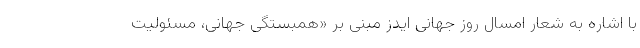
با اشاره به شعار امسال روز جهانی ایدز مبنی بر «همبستگی جهانی، مسئولیت